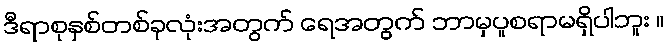
ဒီရာစုနှစ်တစ်ခုလုံးအတွက် ရေအတွက် ဘာမှပူစရာမရှိပါဘူး ။